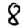
Digit: 8